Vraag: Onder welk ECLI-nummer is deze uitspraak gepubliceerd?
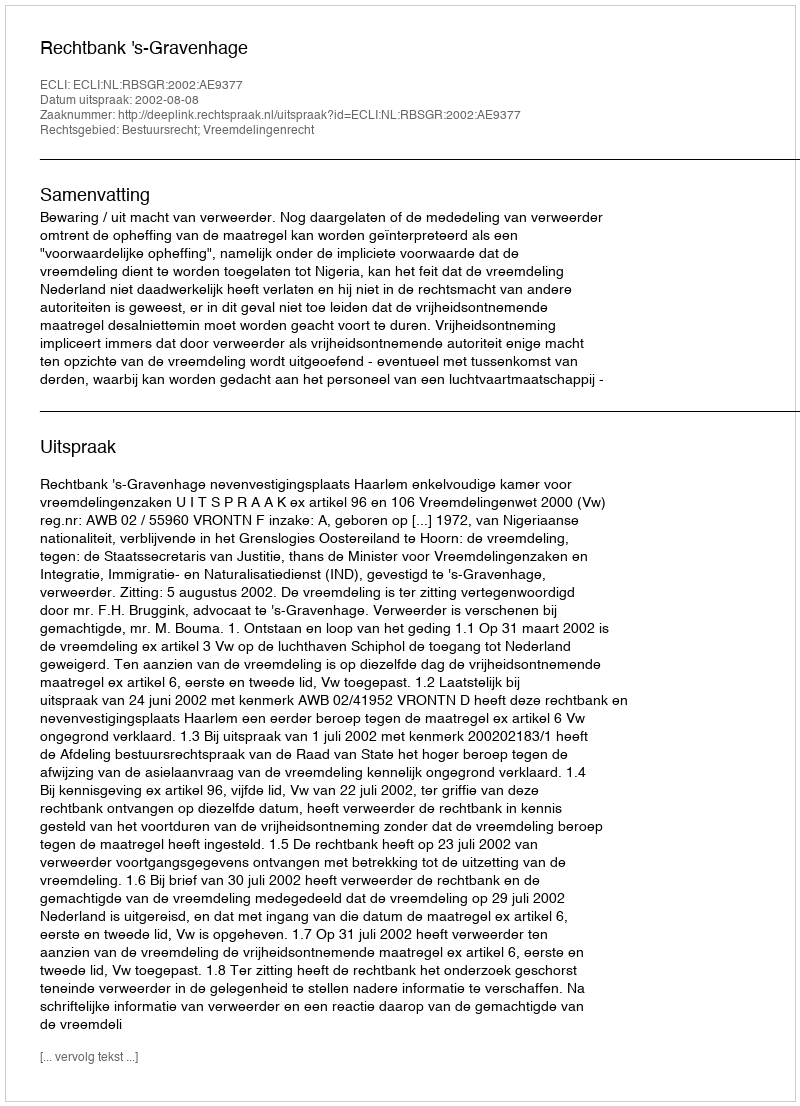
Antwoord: ECLI:NL:RBSGR:2002:AE9377